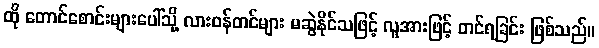
ထို တောင်စောင်းများပေါ်သို့ လားဝန်တင်များ မဆွဲနိုင်သဖြင့် လူအားဖြင့် တင်ရခြင်း ဖြစ်သည်။